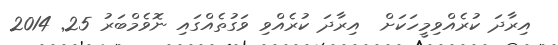
އިރާދަ ކުރެއްވިމީހަކަށް  އިރާދަ ކުރެއްވި ވަގުތެއްގައި ނޮވެމްބަރު 25